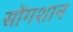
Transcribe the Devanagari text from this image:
सोंगशान